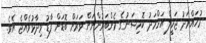
މުހައްމަދު ޖަމީލް އަހްމަދު ކޮމިޝަނުގެ މެންބަރުންނަށް ވަރަށް ބޮޑަށް ފާޑު ވިދާޅުވެއްޖެ އެވެ.